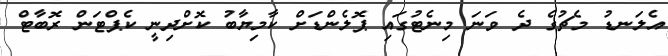
އެލަނޑު މެޗުގެ ދެ ވަނަ މިނެޓުގައި ޕޮލެންޑަށް ކާމިޔާބު ކޮށްދިނީ ކެޕްޓަން ރޮބާޓް